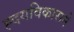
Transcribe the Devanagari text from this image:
ह्दयविकाराने